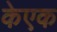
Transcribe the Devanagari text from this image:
केएक